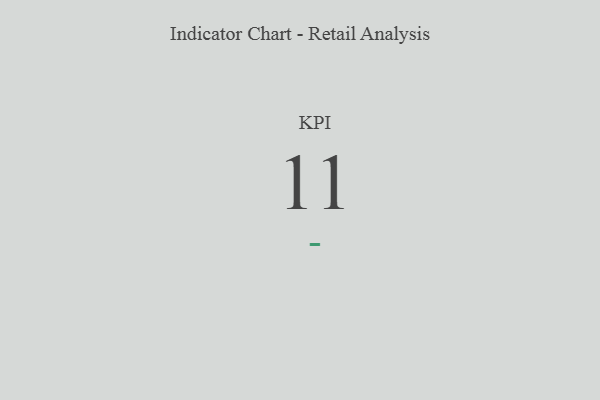
{"axis": {"x": "KPI", "y": "Value"}, "legend": [""], "data": [{"x": "KPI", "y": 11, "type": ""}]}